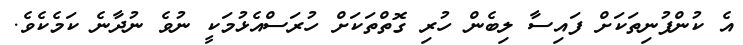
އެ ކުންފުނިތަކަށް ފައިސާ ލިބެން ހުރި ގޮތްތަކަށް ހުރަސްއެޅުމަކީ ނުވެ ނުދާނެ ކަމެކެވެ.